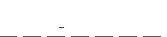
-